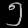
Digit: ၅